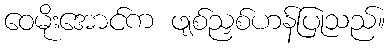
ဝေမိုးအောင်က ဖျစ်ညှစ်ဟန်ပြုသည်။